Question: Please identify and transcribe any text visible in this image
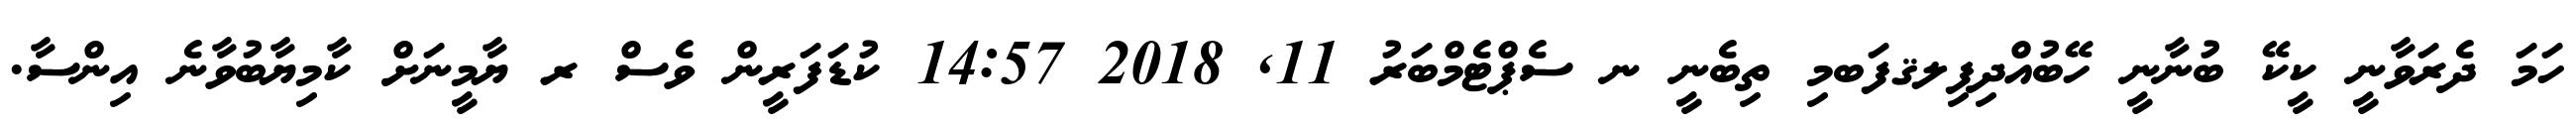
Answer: ހަމަ ދެރަވާނީ ކީކޭ ބުނާނީ ހޭބުއްދިފިލޤފަބމި ތިބެނީ ނ ސެޕްޓެމްބަރު 11, 2018 14:57 ކުޑަފަރީން ވެސް ރ ޔާމީނަށް ކާމިޔާބުވާނެ އިންސާ.